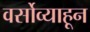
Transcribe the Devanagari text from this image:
वर्सोव्याहून